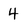
Character: 4